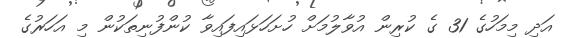
އަދި މިމަހުގެ 31 ގެ ކުރިން އުވާލުމަށް ހުށަހަޅައިފައިވާ ކުންފުނިތަކުން މި އަހަރުގެ